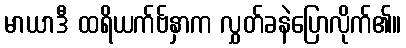
မာယာဒီ ထရိယက်ဗ်နှာက လွှတ်ခနဲပြောလိုက်၏။